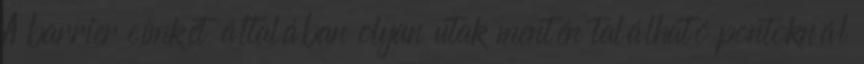
A barrier címkét általában olyan utak mentén található pontoknál